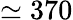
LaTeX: \simeq 370